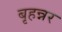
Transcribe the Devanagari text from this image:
बृहन्नर